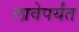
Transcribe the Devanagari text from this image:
लावेपर्यंत